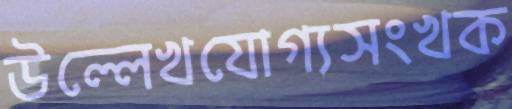
উল্লেখযোগ্যসংখক